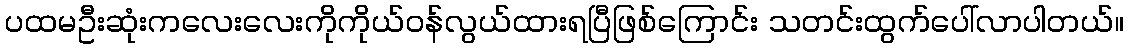
ပထမဦးဆုံးကလေးလေးကိုကိုယ်ဝန်လွယ်ထားရပြီဖြစ်ကြောင်း သတင်းထွက်ပေါ်လာပါတယ်။